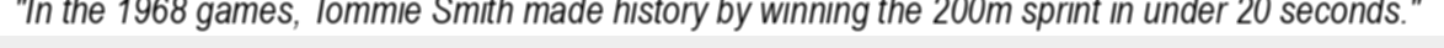
"In the 1968 games, Tommie Smith made history by winning the 200m sprint in under 20 seconds."